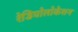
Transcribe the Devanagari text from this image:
रेडियोलोकेशन